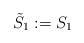
LaTeX: \begin{align*}\tilde{S}_1 := S_1\end{align*}